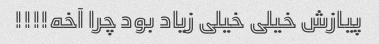
پیازش خیلی خیلی زیاد بود چرا آخه!!!!